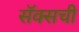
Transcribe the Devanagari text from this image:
सॅक्सची